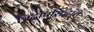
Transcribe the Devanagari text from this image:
त्रिदोषसिद्धांत